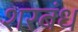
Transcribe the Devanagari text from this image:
शरबंध